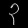
Digit: ၃